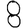
Digit: 8